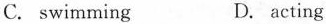
C. swimming D. acting